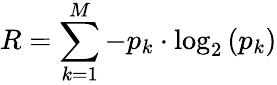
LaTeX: R=\sum_{k=1}^{M}-p_{k}\cdot\log_{2}\left(p_{k}\right)